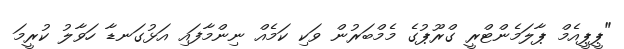
"ޕީޕީއެމް ޕާލަމެންޓްރީ ގްރޫޕުގެ މެމްބަރުން ވަކި ކަމެއް ނިންމާފައި އަޅުގަނޑާ ހަވާލު ކުރީމަ